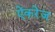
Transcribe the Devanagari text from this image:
ऐंकरेज